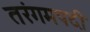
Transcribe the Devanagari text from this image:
तरंगमपदी